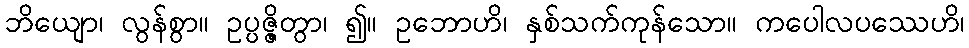
ဘိယျော၊ လွန်စွာ။ ဥပ္ပဇ္ဇိတွာ၊ ၍။ ဥဘောဟိ၊ နှစ်သက်ကုန်သော။ ကပေါလပဿေဟိ၊